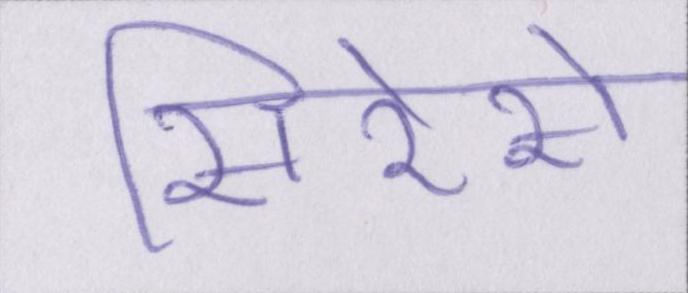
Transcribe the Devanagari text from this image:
सिरेसे